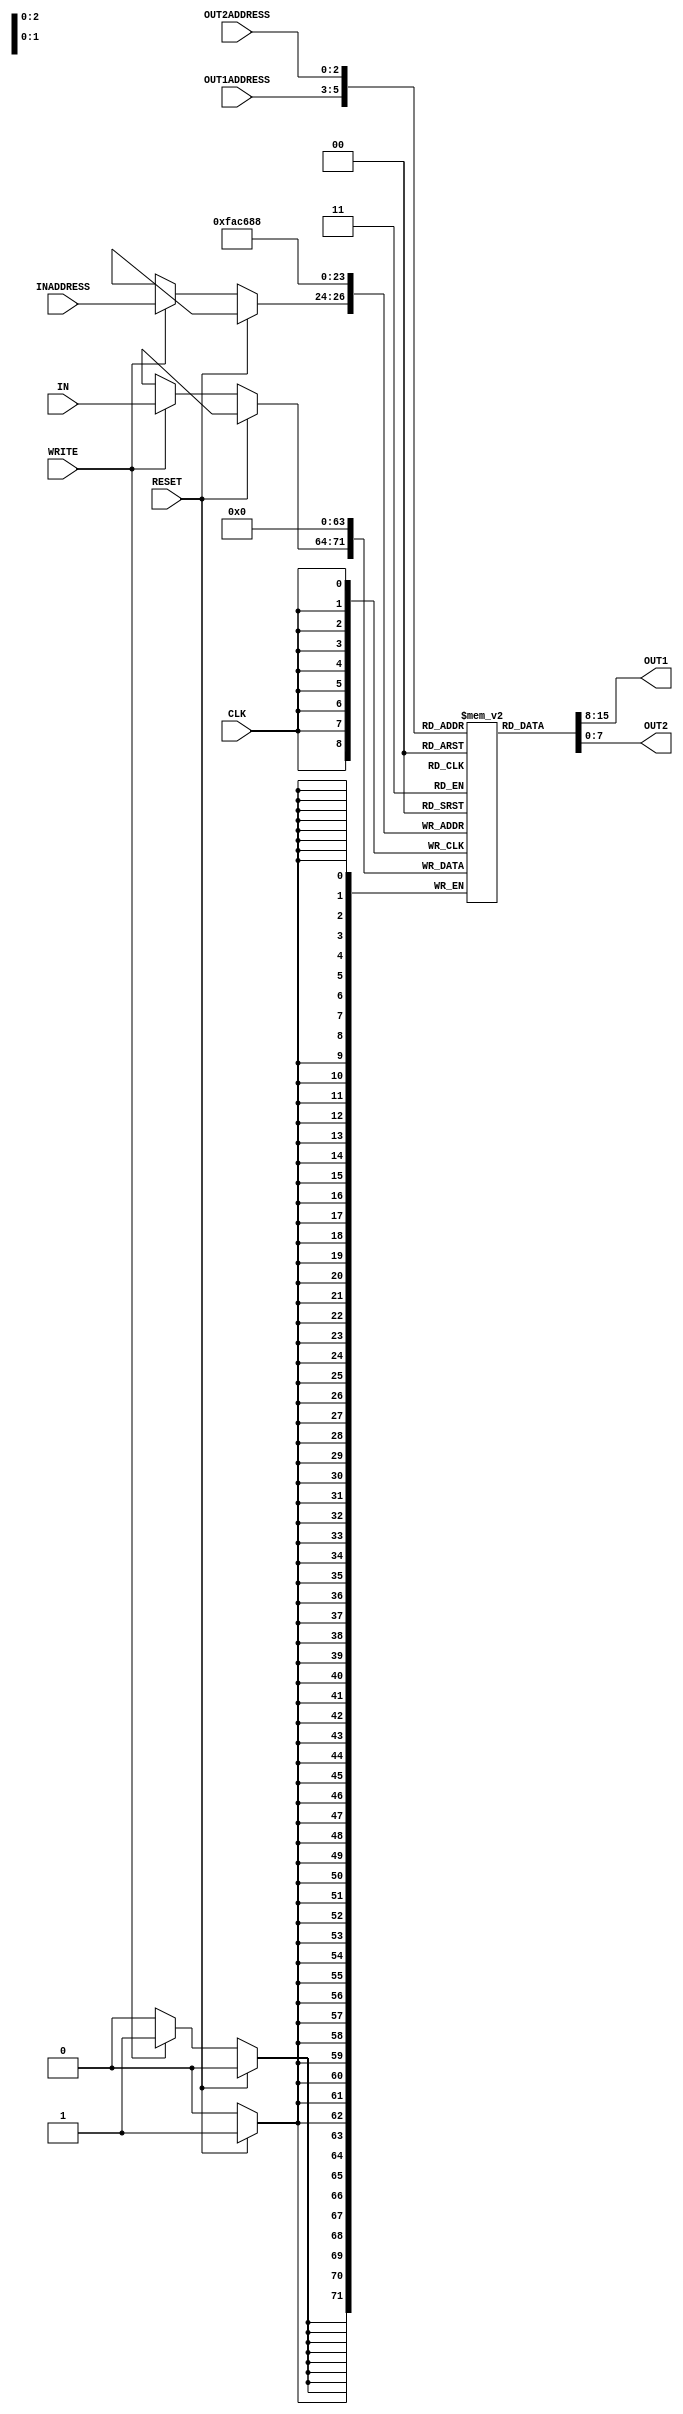
`timescale 1ns/100ps

module reg_file(IN, OUT1, OUT2, INADDRESS, OUT1ADDRESS, OUT2ADDRESS, WRITE, CLK, RESET);
    // Defining Ports 
    input [7:0] IN;            // Data input port
    input [2:0] INADDRESS;     // Address of the register to write to
    output [7:0] OUT1, OUT2;   // Data output ports
    input [2:0] OUT1ADDRESS, OUT2ADDRESS;   // Address of the registers to read from
    input WRITE;               // Write enable signal
    input CLK;                 // Clock signal
    input RESET;               // Reset signal
    
    // Array of 8 8-bit registers
    reg [7:0] REGISTER [7:0];
    
    // Iterator variable used in for loop
    integer i;
    
    // Reads data from registers asynchronously
    // Contains a delay of 2 time units
    assign #2 OUT1 = REGISTER[OUT1ADDRESS];  // Assigns the value of the relevant register address to the OUT1 terminal
    assign #2 OUT2 = REGISTER[OUT2ADDRESS];  // Assigns the value of the relevant register address to the OUT2 terminal
    
    // Synchronous register operations (Write and Reset)
    // Both operations contain a delay of 1 time unit each
    always @(posedge CLK)
    begin
        if (RESET == 1'b1)      // If the RESET signal is HIGH, registers must be cleared
        begin
            #1;
            for (i = 0; i < 8; i = i + 1)   // For loop to iterate over all 8 register addresses after a 1 time unit delay
            begin
                REGISTER[i] <= 8'b00000000;  // Setting each element of the REGISTER array to 0
            end
        end
        else if (WRITE == 1'b1) // If the RESET signal is LOW, write to the registers if the WRITE signal is HIGH
        begin
            #1;
            REGISTER[INADDRESS] <= IN;   // Assigns the input value IN to the relevant register address after a delay of 1
        end
    end
    
    // Logging register file contents
    initial
    begin
        #5;
        $display("\t\t\t\tTIME \t R0 \t\t R1 \t\t R2 \t\t R3 \t\t R4 \t\t R5 \t\t R6 \t\t R7");
        $monitor($time, "\t%d \t\t %d \t\t %d \t\t %d \t\t %d \t\t %d \t\t %d \t\t %d", REGISTER[0], REGISTER[1], REGISTER[2], REGISTER[3], REGISTER[4], REGISTER[5], REGISTER[6], REGISTER[7]);
    end
endmodule